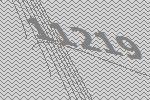
11219